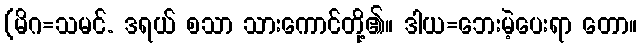
(မိဂ=သမင်. ဒရယ် စသာ သားကောင်တို့၏။ ဒါယ=ဘေးမဲ့ပေးရာ တော။